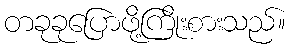
တခုခုပြောဖို့ကြိုးစားသည်။